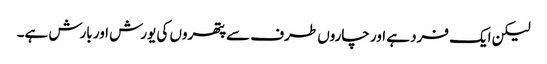
لیکن ایک فرد ہے اور چاروں طرف سے پتھروں کی یورش اور بارش ہے۔